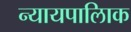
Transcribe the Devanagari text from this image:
न्यायपालिाक